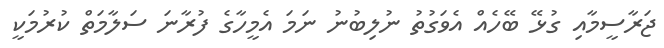
ޖަރާސީމާއި ގުޅޭ ބޭހެއް އެވަގުތު ނުލިބުނު ނަމަ އެމީހާގެ ފުރާނަ ސަލާމަތް ކުރުމަކީ